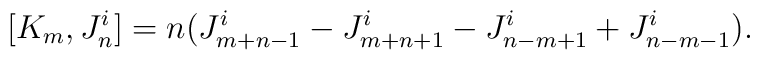
[K_m, J_n^i] = n (J_{m+n-1}^i - J_{m+n+1}^i - J_{n-m+1}^i + J_{n-m-1}^i).